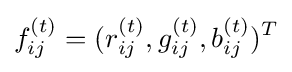
f_{ij}^{(t)}=(r_{ij}^{(t)},g_{ij}^{(t)},b_{ij}^{(t)})^{T}